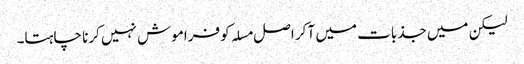
لیکن میں جذبات میں آ کر اصل مسلہ کو فراموش نہیں کرنا چاہتا۔